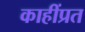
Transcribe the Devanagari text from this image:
काहींप्रत